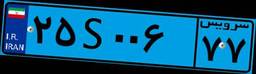
۰۳S۱۵۳۶۶